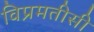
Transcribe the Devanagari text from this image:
विप्रमतीसी